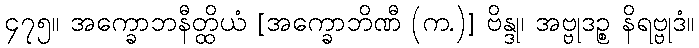
၄၇၅။ အက္ခောဘနီတ္ထိယံ [အက္ခောဘိဏီ (က.)] ဗိန္ဒု၊ အဗ္ဗုဒဉ္စ နိရဗ္ဗုဒံ။